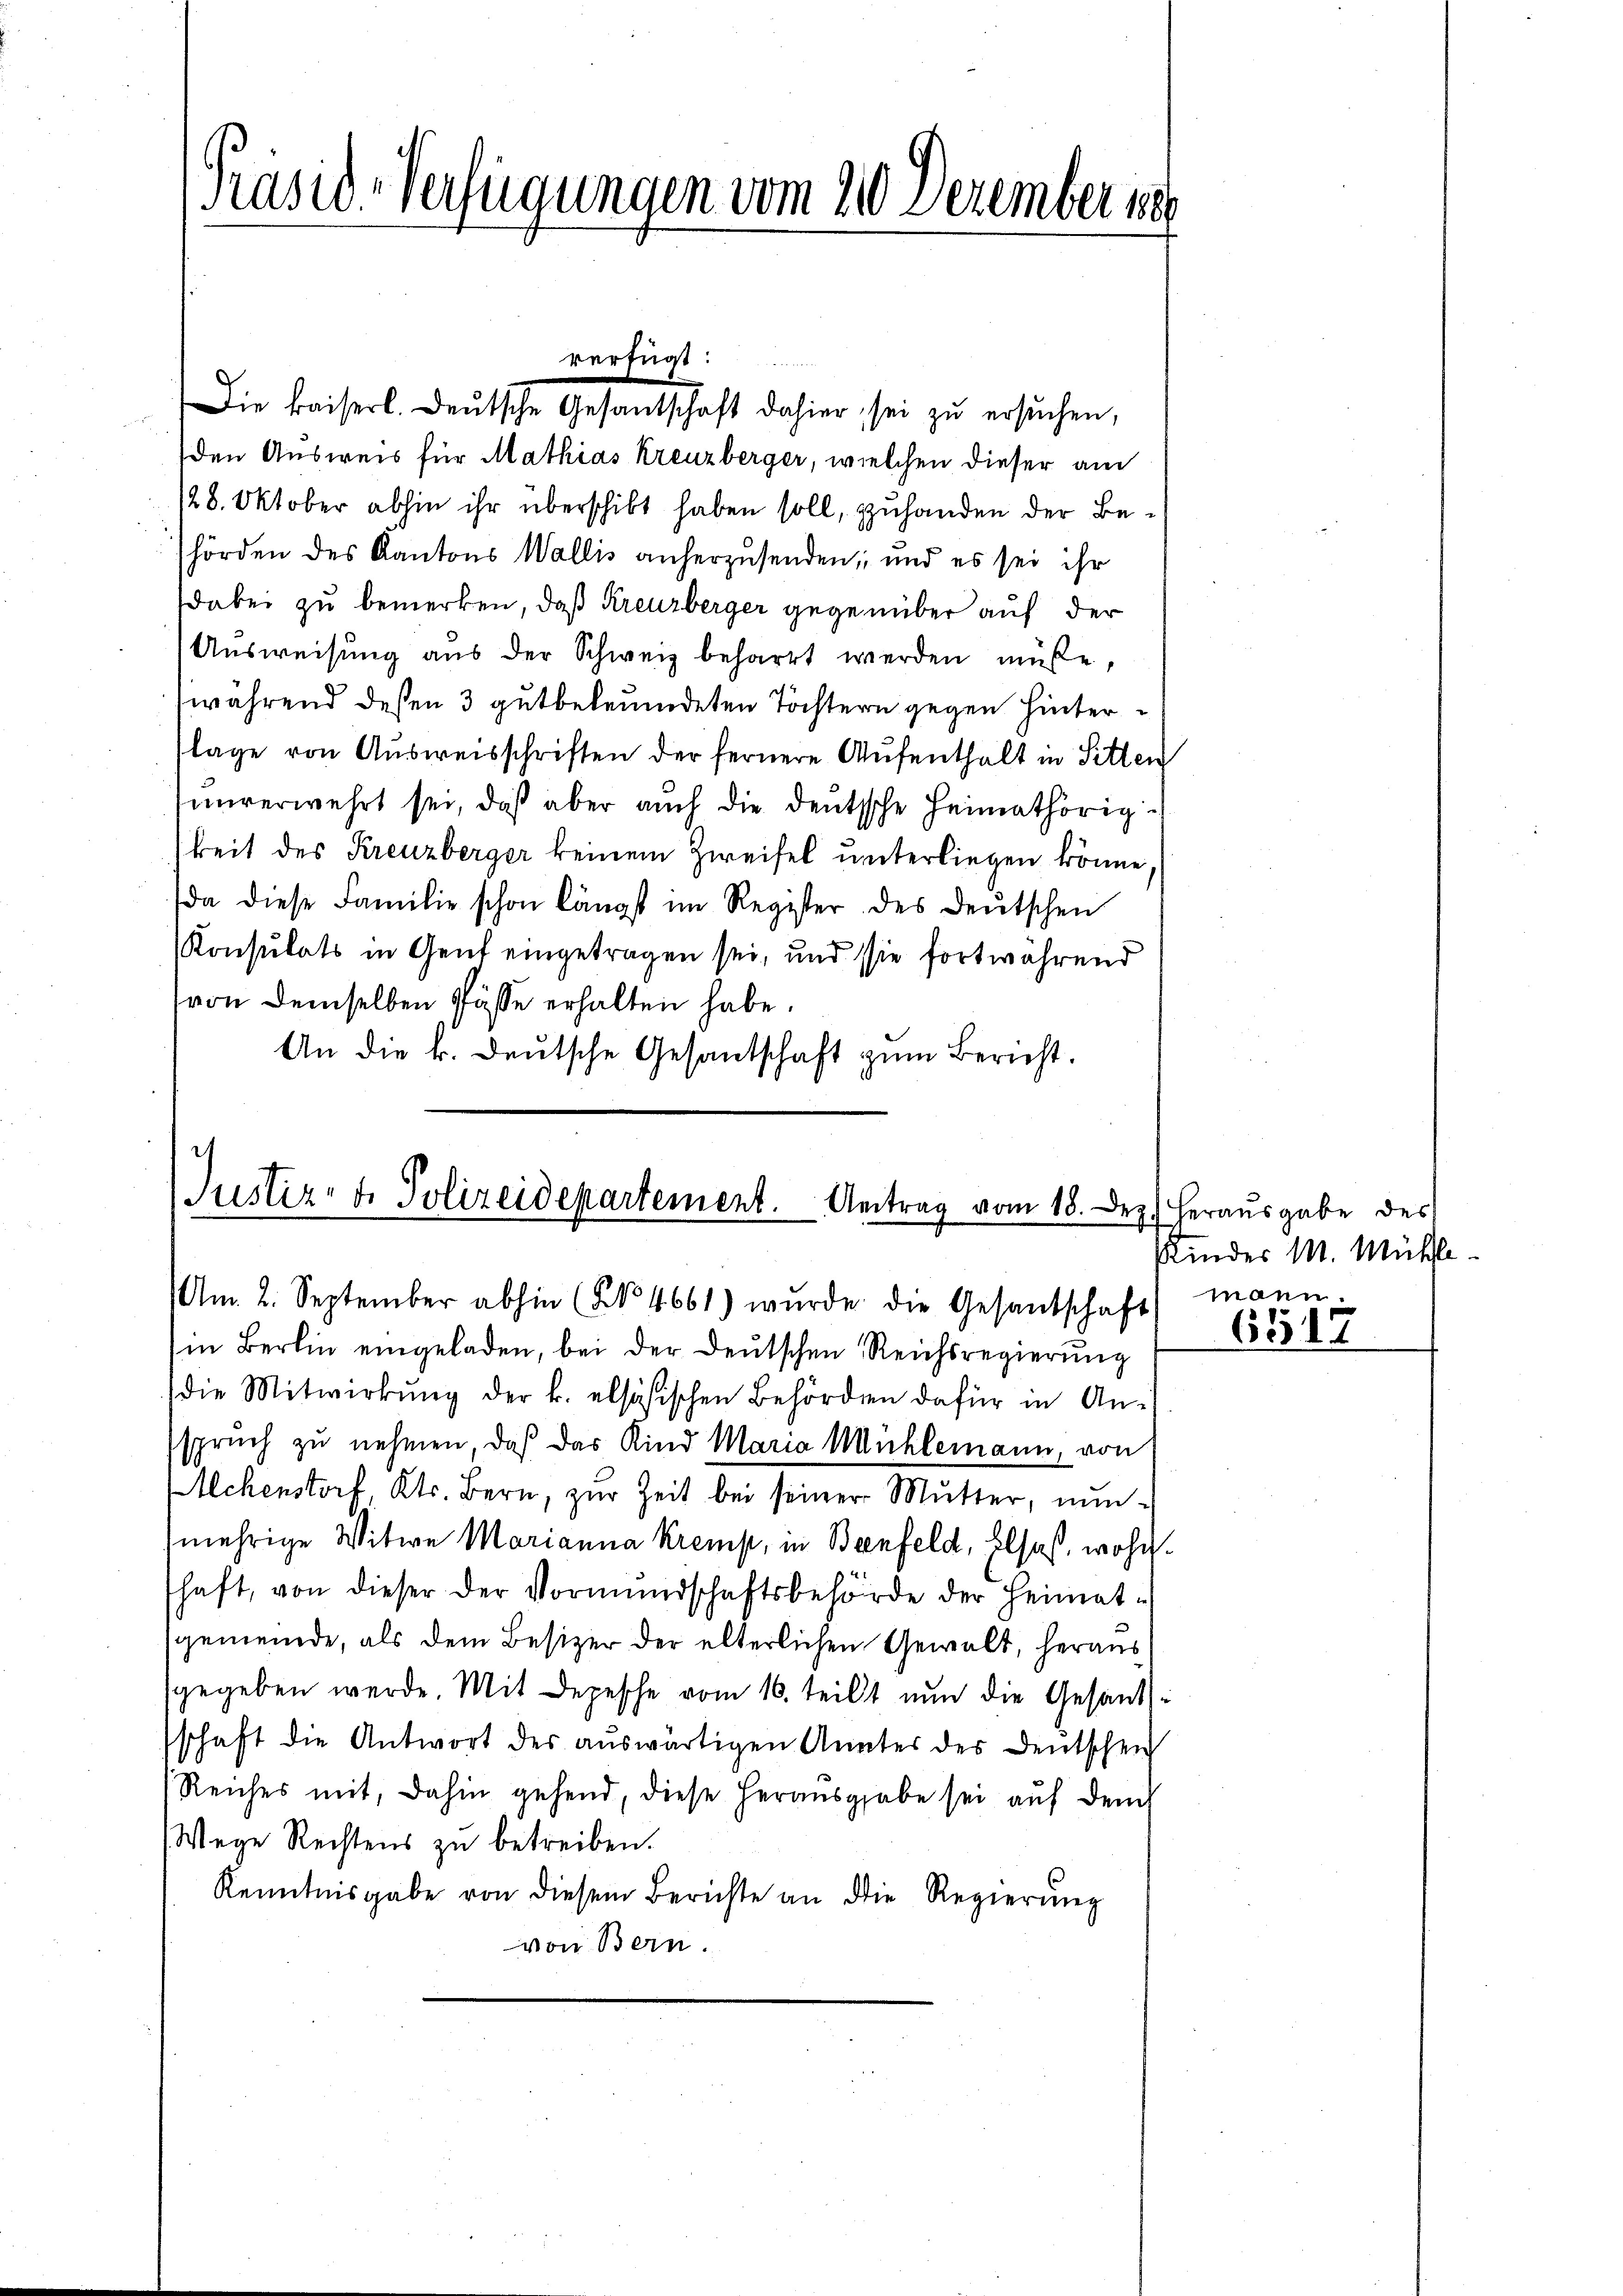
den Ausweis für Mathias Kreuzberger, welchen dieser am
/28. Oktober abhin ihr überschikt haben soll, zuhanden der Behörden des Kantons Wallis anherzusenden, und es sei ihr
dabei zu bemerken, daß Kreuzberger gegenüber auf der
Ausweisung aus der Schweiz beharrt werden müße,
während deßen 3 gutbeleumdeten Töchtern gegen hinterlage von Ausweisschriften der fernere Aufenthalt in Sitten
sinverwehrt sei, daß aber auch die deutsche Heimathörigkeit des Kreuzberger keinem Zweifel unterliegen könne
(da diese Familie schon längst im Register des deutschen
Konsulats in Gent eingetragen sei, und sie fortwährend
von demselben Pässe erhalten habe.
An die k. deutsche Gesandschaft zum Bericht.

Präsid-Verfügungen vom 30. Dezember 18

verfügt:
Die kaiserl. Deutsche Gesantschaft dahier sei zŭ ersŭchen,

Justiz- & Polizeidepartement. Antrag vom 18. Dez.
Am. 2. September abhin (§ 4661) wurde die Gesandschaft

in Berlin eingeladen, bei der deutschen Reichsregierŭng
die Mitwirkung der k. alsösischen Behörden dafür in Anspruch zu nehmen, daß das Kind Maria Mühlemann, von
Achenstorf, Kts. Bern, zŭr Zeit bei seiner Mutter, nun-
mehrige Witwe Marianna Kremp, in Benfeld, Elsaß, wohnshaft, von dieser der Vormundschaftsbehörde der Heimat-
gemeinde, als dem Besizer der elterlichen Gewalt, heraus
sgegeben werde. Mit Depesche vom 16. teilt nun die Gesandschaft die Antwort des aŭswärtigen Annter des Deutschen
Reiches mit, dahin gehend, diese herausgabe sei auf dem
Wege Rechtens zu betreiben.
Kenntnisgabe von diesem Berichte an die Regierŭng
von Bern

Herausgabe des
Kinder M. Mühle
mann.

6517